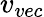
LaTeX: v_{vec}